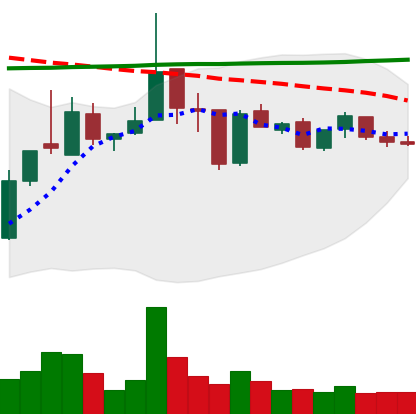
Ticker: XRP-USD
Chart end date: 2019-01-05
Forward return: -6.368%
Label: down_5_7